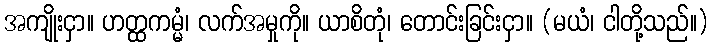
အကျိုးငှာ။ ဟတ္ထကမ္မံ၊ လက်အမှုကို။ ယာစိတုံ၊ တောင်းခြင်းငှာ။ (မယံ၊ ငါတို့သည်။)